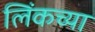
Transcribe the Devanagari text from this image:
लिंकच्या